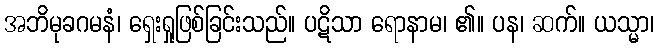
အဘိမုခဂမနံ၊ ရှေးရှုဖြစ်ခြင်းသည်။ ပဋိသာ ရောနာမ၊ ၏။ ပန၊ ဆက်။ ယသ္မာ၊